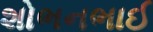
શોભનભાઈ